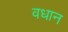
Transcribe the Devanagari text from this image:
वधान